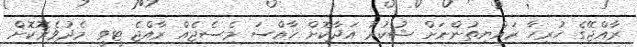
ރާއްޖޭގެ ހުރިހާ ރައްޔިތުންނަށް ޝުކުރު އަދާކޮށް ޚާއްސަ މެސެޖެއް ރާއްޖެ ޓީވީ މެދުވެރޮކޮށް